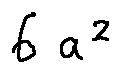
6 a ^ { 2 }